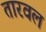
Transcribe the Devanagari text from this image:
तारवल